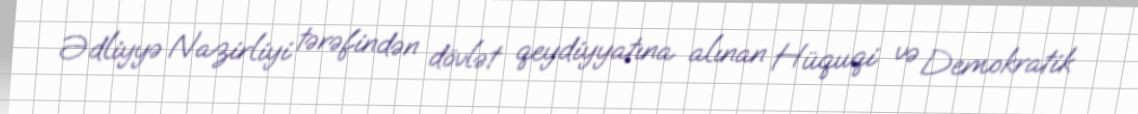
Ədliyyə Nazirliyi tərəfindən dövlət qeydiyyatına alınan Hüquqi və Demokratik